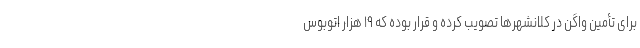
برای تأمین واگن در کلانشهرها تصویب کرده و قرار بوده که ۱۹ هزار اتوبوس